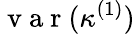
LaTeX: \mathrm{~v~a~r~}(\kappa^{(1)})